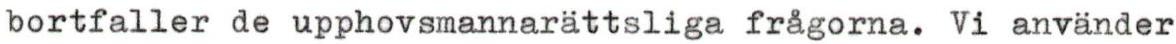
bortfaller de upphovsmannarättsliga frågorna. Vi använder